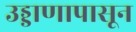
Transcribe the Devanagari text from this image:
उड्डाणापासून